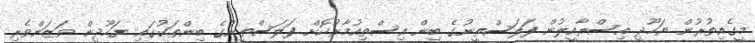
މީގެއިތުރުން ޔަހޫދީ އިސްރާއީލުން ފަލަސްތީނުގެ ބިން އިސްތިއުމާރުކޮށް ފަލަސްތީނުގެ ބިންތަކުގައި ޔަހޫދީން ވަޒަންވެރި